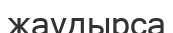
жаудырса